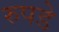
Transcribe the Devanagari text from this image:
रुपडे